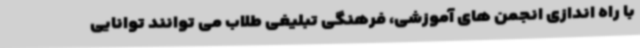
با راه اندازی انجمن های آموزشی، فرهنگی تبلیغی طلاب می توانند توانایی